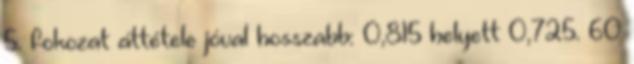
5. fokozat áttétele jóval hosszabb: 0,815 helyett 0,725. 60